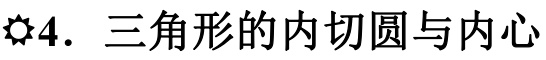
$\lozenge$4. 三角形的内切圆与内心